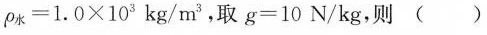
$$ρ _ { 水 } = 1 . 0 \times 1 0 ^ { 3 } k g / m ^ { 3 }$$，取$$g = 1 0 N / k g$$,则( )